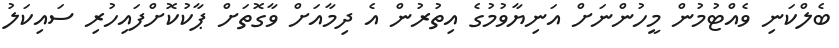
ބެލްކަނި ވެއްޓުމުން މީހުންނަށް އަނިޔާވުމުގެ އިތުރުން އެ ދިމާއަށް ވާގޮތަށް ޕާކުކޮށްފައިހުރި ސައިކަލު